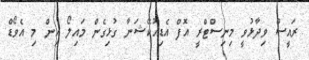
ރައީސް ވިދާޅުވީ މިނިސްޓްރީ އޮފް އެޑިއުކޭޝަނާ ގުޅިގެން މައިލޯ އިން މި އެވޯޑް